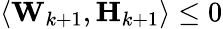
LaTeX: \left\langle\mathbf{W}_{k+1},\mathbf{H}_{k+1}\right\rangle\leq 0